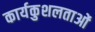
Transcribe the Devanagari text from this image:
कार्यकुशलताओं